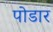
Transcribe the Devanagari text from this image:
पोडार